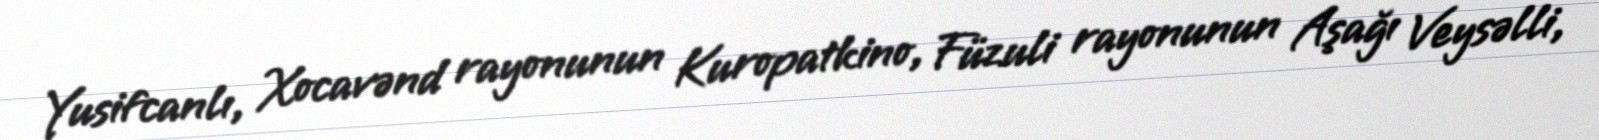
Yusifcanlı, Xocavənd rayonunun Kuropatkino, Füzuli rayonunun Aşağı Veysəlli,